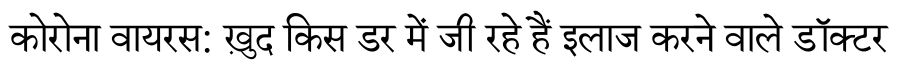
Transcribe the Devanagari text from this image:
कोरोना वायरस: ख़ुद किस डर में जी रहे हैं इलाज करने वाले डॉक्टर